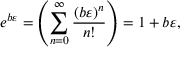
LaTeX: e ^ { b \varepsilon } = \left( \sum _ { n = 0 } ^ { \infty } { \frac { \left( b \varepsilon \right) ^ { n } } { n ! } } \right) = 1 + b \varepsilon ,